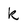
Character: k